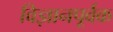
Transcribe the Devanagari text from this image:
विज्ञानपूर्वक